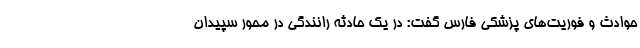
حوادث و فوریت‌های پزشکی فارس گفت: در یک حادثه رانندگی در محور سپیدان